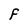
Character: F